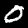
Label: 0